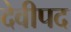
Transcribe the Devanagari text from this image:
देवीपद